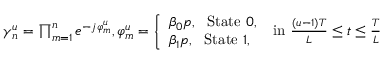
\begin{array} { r } { \gamma _ { n } ^ { u } = \prod _ { m = 1 } ^ { n } e ^ { - j \varphi _ { m } ^ { u } } , \varphi _ { m } ^ { u } = \left\{ \begin{array} { l } { \beta _ { 0 } p , \ \ \mathrm { S t a t e } \ 0 , } \\ { \beta _ { 1 } p , \ \ \mathrm { S t a t e } \ 1 , \ } \end{array} \right. \ \mathrm { i n } \ \frac { ( u - 1 ) T } { L } \leq t \leq \frac { T } { L } \ } \end{array}